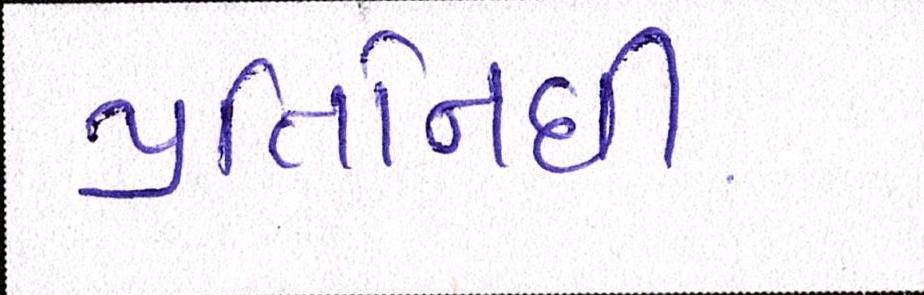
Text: પ્રતિનિધી